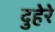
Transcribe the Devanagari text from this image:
दुहेरे